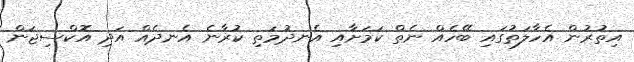
އިތުރުން އެހާލަތުގައި ބޭހެއް ނެތް ކަމަށާއި އެނދުމަތި ކުރާނެ އެނދެއް އަދި އޮކްސިޖަން